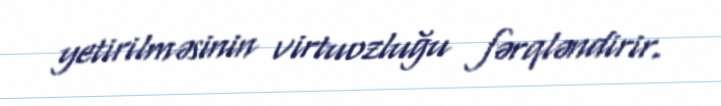
yetirilməsinin virtuozluğu fərqləndirir.